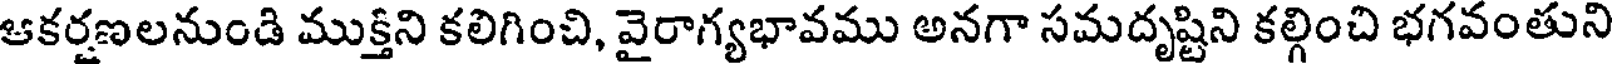
ఆకర్షణలనుండి ముక్తిని కలిగించి, వైరాగ్యభావము అనగా సమదృష్టిని కల్గించి భగవంతుని